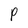
Character: P